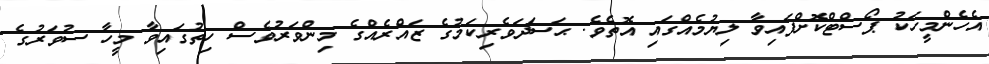
އެހެންމީހަކު ޕޯސްޓްކޮށްފައިވާ ލިޔުމެއްގައި އޮތެވެ. ޙަސަދަވެރިކަމުގެ ޒައްރެއްގެ މިންވަރުވެސް ހިތުގައިވާ މީހާ ސުވަރުގެ